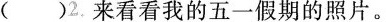
( )2.来看看我的五一假期的照片。